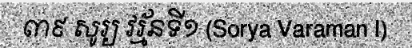
៣៩ សូរ្យ វរ្ម័នទី១ (Sorya Varaman I)